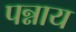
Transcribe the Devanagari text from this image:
पन्नाय